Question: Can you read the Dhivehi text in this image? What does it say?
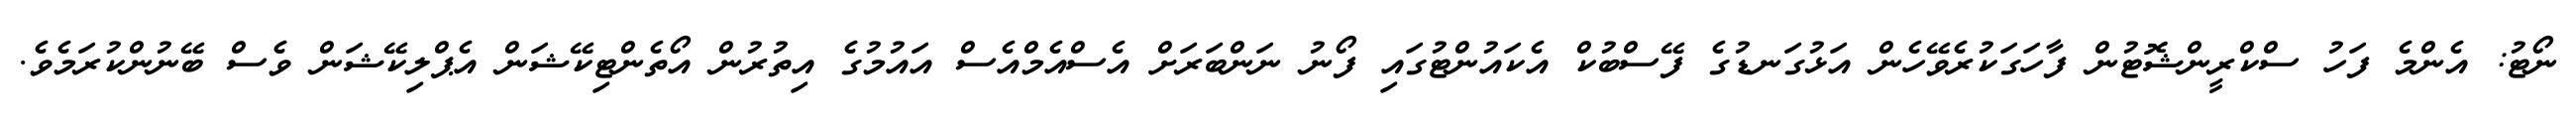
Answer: ނޯޓު: އެންމެ ފަހު ސްކްރީންޝޮޓުން ފާހަގަކުރެވޭހެން އަޅުގަނޑުގެ ފޭސްބުކް އެކައުންޓުގައި ފޯނު ނަންބަރަށް އެސްއެމްއެސް އައުމުގެ އިތުރުން އޯތެންޓިކޭޝަން އެޕްލިކޭޝަން ވެސް ބޭނުންކުރަމެވެ.